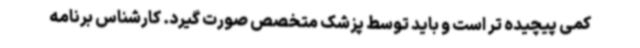
کمی پیچیده تر است و باید توسط پزشک متخصص صورت گیرد. کارشناس برنامه